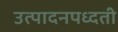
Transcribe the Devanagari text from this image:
उत्पादनपध्दती